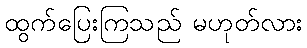
ထွက်ပြေးကြသည် မဟုတ်လား